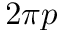
2 \pi p